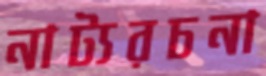
নাট্যরচনা